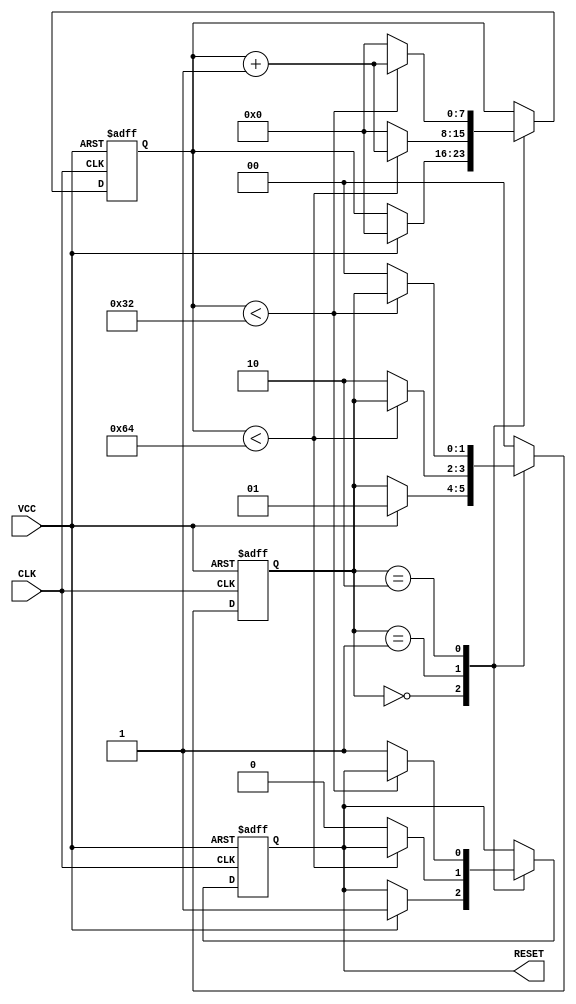
module PowerOnReset (
    input wire VCC,        // Power supply indicator
    input wire CLK,        // Clock signal
    output reg RESET       // Active low reset signal
);

// Parameters for timing
parameter DELAY_AFTER_POWER_UP = 100; // Delay after power-up in clock cycles
parameter ACTIVE_RESET_DURATION = 50;   // Active reset duration in clock cycles

// State definitions
localparam IDLE = 2'b00;
localparam WAIT_FOR_POWER = 2'b01;
localparam ACTIVE_RESET = 2'b10;

reg [1:0] current_state;
reg [7:0] counter; // Assuming max count of DELAY_AFTER_POWER_UP and ACTIVE_RESET_DURATION fits in 8 bits

// State machine for Power-On Reset
always @(posedge CLK or negedge VCC) begin
    if (~VCC) begin
        // If power is lost, reset to idle state
        current_state <= IDLE;
        RESET <= 1'b1; // Active low reset signal
        counter <= 0;
    end else begin
        case (current_state)
            IDLE: begin
                // Transition to wait for power when power is stable
                if (VCC) begin
                    current_state <= WAIT_FOR_POWER;
                    RESET <= 1'b1; // Ensure reset is high
                    counter <= 0;
                end
            end
            
            WAIT_FOR_POWER: begin
                // Wait for defined delay after power-up
                if (counter < DELAY_AFTER_POWER_UP) begin
                    counter <= counter + 1;
                end else begin
                    // Time elapsed, transition to active reset
                    current_state <= ACTIVE_RESET;
                    RESET <= 1'b0; // Assert reset (active low)
                    counter <= 0;
                end
            end
            
            ACTIVE_RESET: begin
                // Keep reset asserted for the active duration
                if (counter < ACTIVE_RESET_DURATION) begin
                    counter <= counter + 1;
                end else begin
                    // Release reset and return to idle
                    RESET <= 1'b1; // Deassert reset
                    current_state <= IDLE;
                    counter <= 0;
                end
            end
            
            default: current_state <= IDLE; // Safe state
        endcase
    end
end

endmodule